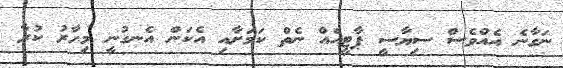
ނަގާނެ އެއްވެސް ސިޔާސީ ޕާޓީއެއް ނެތް ކަމަށާއި އެކަން އެނގުނީ މިހާރު ކުރާ